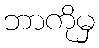
ဘာကိုမှ